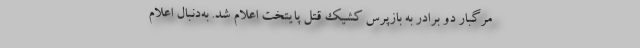
مرگبار دو برادر به بازپرس کشیک قتل پایتخت اعلام شد. به‌دنبال اعلام